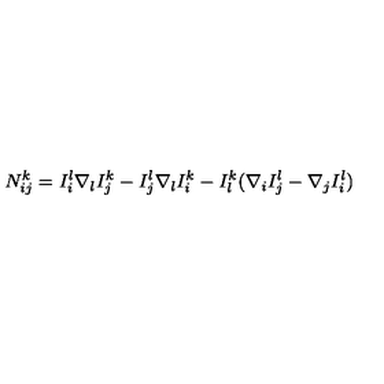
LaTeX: N _ { i j } ^ { k } = I _ { i } ^ { l } \nabla _ { l } I _ { j } ^ { k } - I _ { j } ^ { l } \nabla _ { l } I _ { i } ^ { k } - I _ { l } ^ { k } ( \nabla _ { i } I _ { j } ^ { l } - \nabla _ { j } I _ { i } ^ { l } )